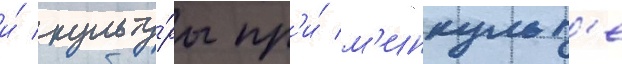
и́ культу́ры пр'и́ м'инкульт'е